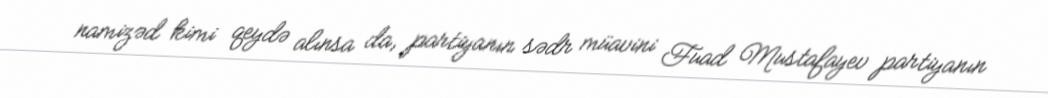
namizəd kimi qeydə alınsa da, partiyanın sədr müavini Fuad Mustafayev partiyanın